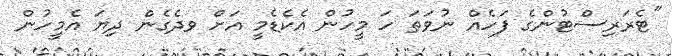
"ޓެރަރިސްޓުންގެ ފަހެއް ނުވަތަ ހަ މީހުން އެކެޑެމީ އަށް ވދެގެން ދިޔަ އެމީހުން